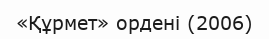
«Құрмет» ордені (2006)